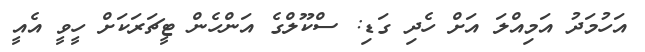
އަހުމަދު އަމިއްލަ އަށް ހެދި ގަޑި: ސްކޫލްގެ އަންހެން ޓީޗަރަކަށް ހީވީ އެއީ